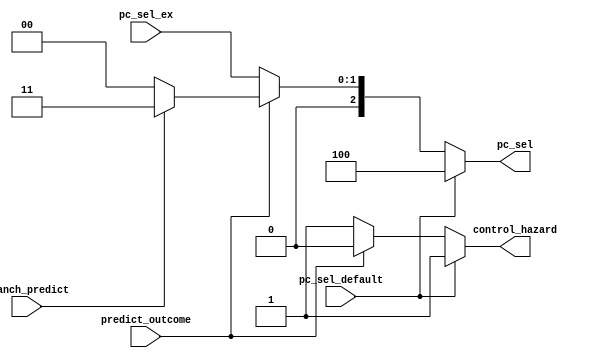
module PC_SEL_GEN (
	input branch_predict,
	input predict_outcome,
	input [1:0] pc_sel_ex,
	input pc_sel_default,
	output reg [2:0] pc_sel,
	output reg control_hazard	
);
	
	parameter pc_add4=3'd0;
	parameter pc_jalr=3'd1;
	parameter alu_ans=3'd2;
	parameter branch_addr=3'd3;
	parameter pc_add4_ex=3'd4;
	parameter TRUE=1'b1;
	parameter FALSE=1'b0;
	parameter YES=1'b1;
	parameter NO=1'b0;

	//()
	//EX(jal,jalr,beq)
	//(EX)
	//pc+4
	always @(*) 
	begin
		if(pc_sel_default)
		begin
			pc_sel=pc_add4_ex;
			control_hazard=YES;
		end
		else if(predict_outcome==FALSE)
		begin
			pc_sel={1'b0,pc_sel_ex};
			control_hazard=YES;
		end
		else if(branch_predict)
		begin
			pc_sel=branch_addr;
			control_hazard=NO;
		end
		else 
		begin
			pc_sel=pc_add4;
			control_hazard=NO;
		end	
	end

endmodule